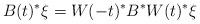
LaTeX: \begin{align*}B(t)^*\xi = W(-t)^* B^* W(t)^*\xi\end{align*}